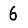
Digit: 6